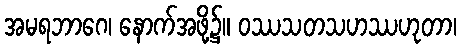
အမရဘာဂေ၊ နောက်အဖို့၌။ ဝဿသတသဟဿဟုတာ၊